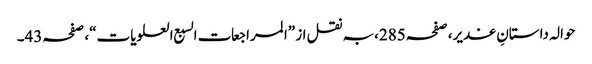
حوالہ داستانِ غدیر، صفحہ285،بہ نقل از ”المراجعات السبع العلویات“، صفحہ43۔